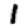
Digit: 1